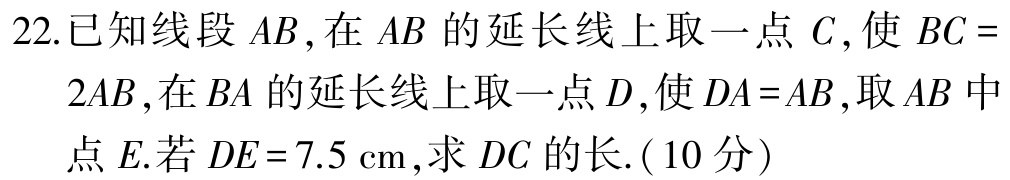
22.已知线段 \(AB\)，在 \(AB\) 的延长线上取一点 \(C\)，使 \(BC = 2AB\)，在 \(BA\) 的延长线上取一点 \(D\)，使 \(DA = AB\)，取 \(AB\) 中点 \(E\).若 \(DE = 7.5\mathrm{cm}\)，求 \(DC\) 的长.( \(10\) 分）